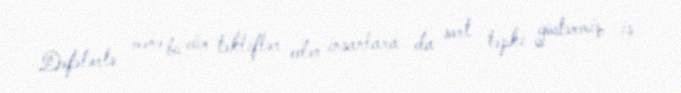
Dəfələrlə mənə bu cür təkliflər edən insanlara da sərt təpki göstərmiş, iş